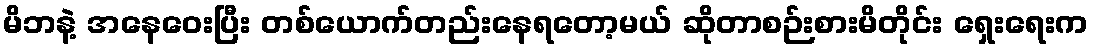
မိဘနဲ့ အနေဝေးပြီး တစ်ယောက်တည်းနေရတော့မယ် ဆိုတာစဉ်းစားမိတိုင်း ရှေးရေးက